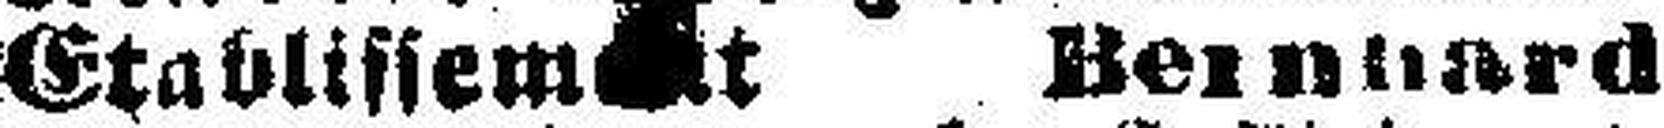
Etablissement Bernhard